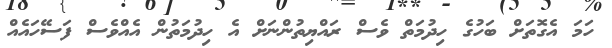
ހަމަ އެގޮތަށް ބަހުގެ ހިދުމަތް ވެސް ރައްޔިތުންނަށް އެ ހިދުމަތުން އެއްވެސް ފަަސޭހައެއް